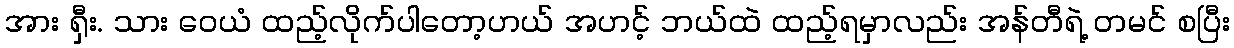
အား ရှီး. သား ဝေယံ ထည့်လိုက်ပါတော့ဟယ် အဟင့် ဘယ်ထဲ ထည့်ရမှာလည်း အန်တီရဲ့ တမင် စပြီး